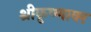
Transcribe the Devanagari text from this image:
श्रीकृष्णावर